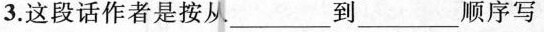
3.这段话作者是按从___到___顺序写